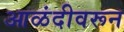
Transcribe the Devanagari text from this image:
आळंदीवरून